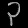
Digit: ၃